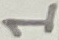
Text: 1